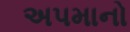
અપમાનો